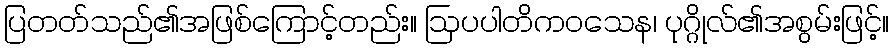
ပြတတ်သည်၏အဖြစ်ကြောင့်တည်း။ ဩပပါတိကဝသေန၊ ပုဂ္ဂိုလ်၏အစွမ်းဖြင့်။